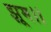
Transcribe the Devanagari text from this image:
झूम।।